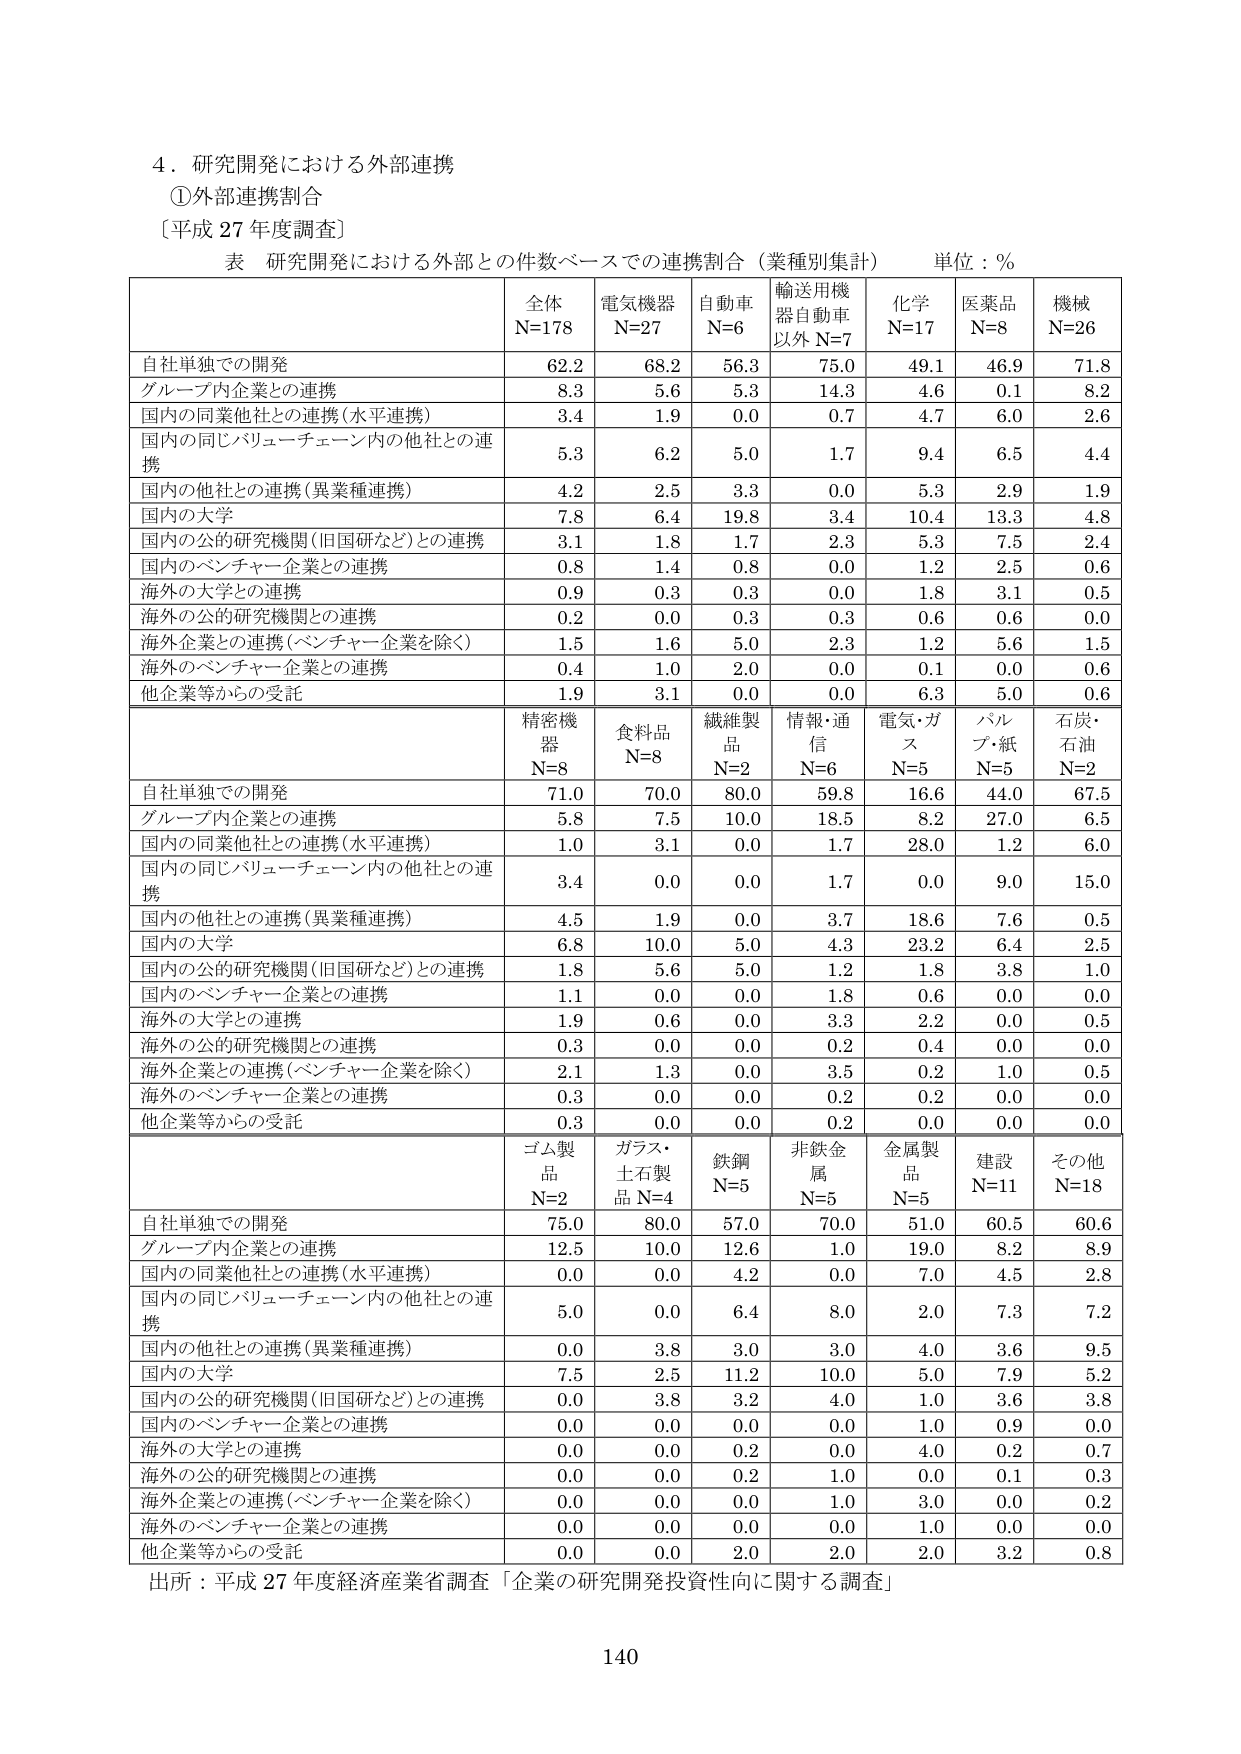
4．研究開発における外部連携
①外部連携割合
〔平成27年度調査〕

表 研究開発における外部との件数ベースでの連携割合（業種別集計）　単位：％

| | 全体 N=178 | 電気機器 N=27 | 自動車 N=6 | 輸送用機器自動車以外 N=7 | 化学 N=17 | 医薬品 N=8 | 機械 N=26 |
|---|---|---|---|---|---|---|---|
| 自社単独での開発 | 62.2 | 68.2 | 56.3 | 75.0 | 49.1 | 46.9 | 71.8 |
| グループ内企業との連携 | 8.3 | 5.6 | 5.3 | 14.3 | 4.6 | 0.1 | 8.2 |
| 国内の同業他社との連携（水平連携） | 3.4 | 1.9 | 0.0 | 0.7 | 4.7 | 6.0 | 2.6 |
| 国内の同じバリューチェーン内の他社との連携 | 5.3 | 6.2 | 5.0 | 1.7 | 9.4 | 6.5 | 4.4 |
| 国内の他社との連携（異業種連携） | 4.2 | 2.5 | 3.3 | 0.0 | 5.3 | 2.9 | 1.9 |
| 国内の大学 | 7.8 | 6.4 | 19.8 | 3.4 | 10.4 | 13.3 | 4.8 |
| 国内の公的研究機関（旧国研など）との連携 | 3.1 | 1.8 | 1.7 | 2.3 | 5.3 | 7.5 | 2.4 |
| 国内のベンチャー企業との連携 | 0.8 | 1.4 | 0.8 | 0.0 | 1.2 | 2.5 | 0.6 |
| 海外の大学との連携 | 0.9 | 0.3 | 0.3 | 0.0 | 1.8 | 3.1 | 0.5 |
| 海外の公的研究機関との連携 | 0.2 | 0.0 | 0.3 | 0.3 | 0.6 | 0.6 | 0.0 |
| 海外企業との連携（ベンチャー企業を除く） | 1.5 | 1.6 | 5.0 | 2.3 | 1.2 | 5.6 | 1.5 |
| 海外のベンチャー企業との連携 | 0.4 | 1.0 | 2.0 | 0.0 | 0.1 | 0.0 | 0.6 |
| 他企業等からの受託 | 1.9 | 3.1 | 0.0 | 0.0 | 6.3 | 5.0 | 0.6 |

| | 精密機器 N=8 | 食料品 N=8 | 繊維製品 N=2 | 情報・通信 N=6 | 電気・ガス N=5 | パルプ・紙 N=5 | 石炭・石油 N=2 |
|---|---|---|---|---|---|---|---|
| 自社単独での開発 | 71.0 | 70.0 | 80.0 | 59.8 | 16.6 | 44.0 | 67.5 |
| グループ内企業との連携 | 5.8 | 7.5 | 10.0 | 18.5 | 8.2 | 27.0 | 6.5 |
| 国内の同業他社との連携（水平連携） | 1.0 | 3.1 | 0.0 | 1.7 | 28.0 | 1.2 | 6.0 |
| 国内の同じバリューチェーン内の他社との連携 | 3.4 | 0.0 | 0.0 | 1.7 | 0.0 | 9.0 | 15.0 |
| 国内の他社との連携（異業種連携） | 4.5 | 1.9 | 0.0 | 3.7 | 18.6 | 7.6 | 0.5 |
| 国内の大学 | 6.8 | 10.0 | 5.0 | 4.3 | 23.2 | 6.4 | 2.5 |
| 国内の公的研究機関（旧国研など）との連携 | 1.8 | 5.6 | 5.0 | 1.2 | 1.8 | 3.8 | 1.0 |
| 国内のベンチャー企業との連携 | 1.1 | 0.0 | 0.0 | 1.8 | 0.6 | 0.0 | 0.0 |
| 海外の大学との連携 | 1.9 | 0.6 | 0.0 | 3.3 | 2.2 | 0.0 | 0.5 |
| 海外の公的研究機関との連携 | 0.3 | 0.0 | 0.0 | 0.2 | 0.4 | 0.0 | 0.0 |
| 海外企業との連携（ベンチャー企業を除く） | 2.1 | 1.3 | 0.0 | 3.5 | 0.2 | 1.0 | 0.5 |
| 海外のベンチャー企業との連携 | 0.3 | 0.0 | 0.0 | 0.2 | 0.2 | 0.0 | 0.0 |
| 他企業等からの受託 | 0.3 | 0.0 | 0.0 | 0.2 | 0.0 | 0.0 | 0.0 |

| | ゴム製品 N=2 | ガラス・土石製品 N=4 | 鉄鋼 N=5 | 非鉄金属 N=5 | 金属製品 N=5 | 建設 N=11 | その他 N=18 |
|---|---|---|---|---|---|---|---|
| 自社単独での開発 | 75.0 | 80.0 | 57.0 | 70.0 | 51.0 | 60.5 | 60.6 |
| グループ内企業との連携 | 12.5 | 10.0 | 12.6 | 1.0 | 19.0 | 8.2 | 8.9 |
| 国内の同業他社との連携（水平連携） | 0.0 | 0.0 | 4.2 | 0.0 | 7.0 | 4.5 | 2.8 |
| 国内の同じバリューチェーン内の他社との連携 | 5.0 | 0.0 | 6.4 | 8.0 | 2.0 | 7.3 | 7.2 |
| 国内の他社との連携（異業種連携） | 0.0 | 3.8 | 3.0 | 3.0 | 4.0 | 3.6 | 9.5 |
| 国内の大学 | 7.5 | 2.5 | 11.2 | 10.0 | 5.0 | 7.9 | 5.2 |
| 国内の公的研究機関（旧国研など）との連携 | 0.0 | 3.8 | 3.2 | 4.0 | 1.0 | 3.6 | 3.8 |
| 国内のベンチャー企業との連携 | 0.0 | 0.0 | 0.0 | 0.0 | 1.0 | 0.9 | 0.0 |
| 海外の大学との連携 | 0.0 | 0.0 | 0.2 | 0.0 | 4.0 | 0.2 | 0.7 |
| 海外の公的研究機関との連携 | 0.0 | 0.0 | 0.2 | 1.0 | 0.0 | 0.1 | 0.3 |
| 海外企業との連携（ベンチャー企業を除く） | 0.0 | 0.0 | 0.0 | 1.0 | 3.0 | 0.0 | 0.2 |
| 海外のベンチャー企業との連携 | 0.0 | 0.0 | 0.0 | 0.0 | 1.0 | 0.0 | 0.0 |
| 他企業等からの受託 | 0.0 | 0.0 | 2.0 | 2.0 | 2.0 | 3.2 | 0.8 |

出所：平成27年度経済産業省調査「企業の研究開発投資性向に関する調査」

140